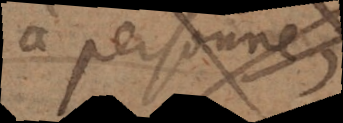
à personne;